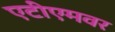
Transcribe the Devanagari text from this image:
एटीएमवर